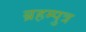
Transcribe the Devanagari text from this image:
ब्रहम्पुत्र